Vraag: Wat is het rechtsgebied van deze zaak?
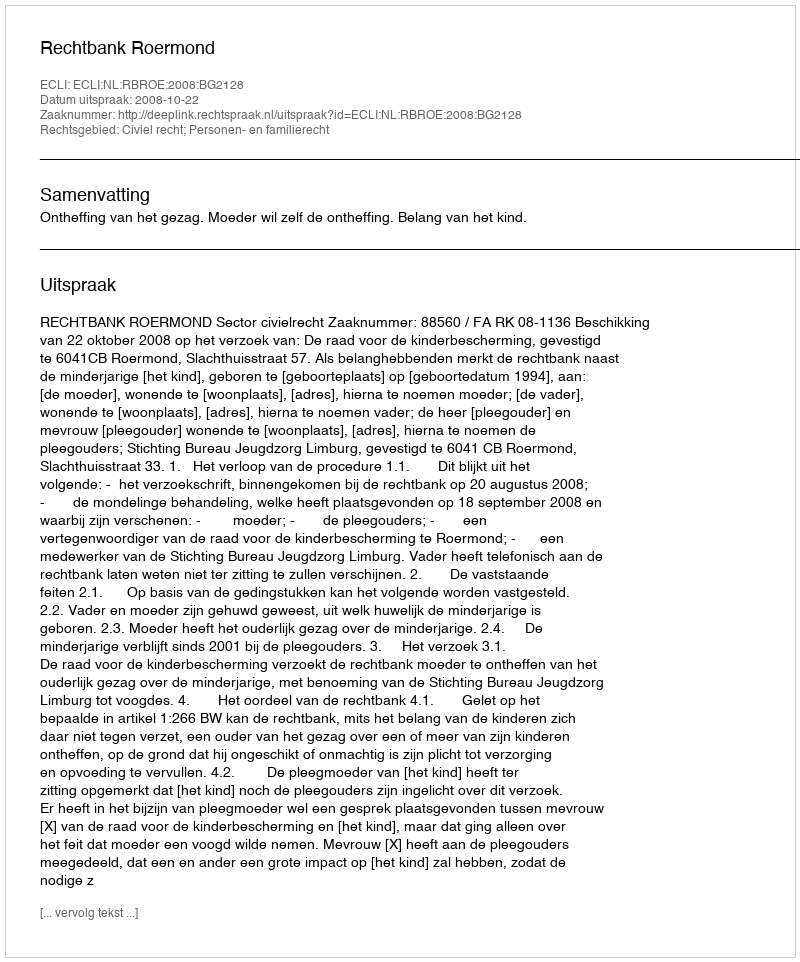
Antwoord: Civiel recht; Personen- en familierecht